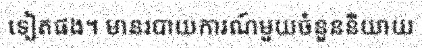
ទៀតផង។ មានរបាយការណ៍មួយចំនួននិយាយ